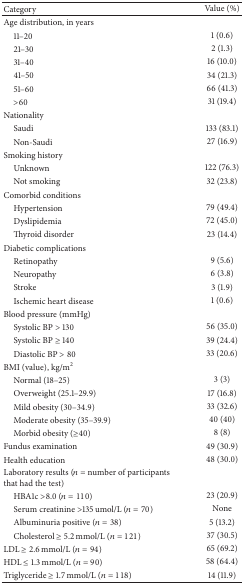
<table><thead><tr><td><b>Category</b></td><td><b>Value (%)</b></td></tr></thead><tbody><tr><td>Age distribution, in years</td><td> </td></tr><tr><td> 11–20</td><td>1 (0.6)</td></tr><tr><td> 21–30</td><td>2 (1.3)</td></tr><tr><td> 31–40</td><td>16 (10.0)</td></tr><tr><td> 41–50</td><td>34 (21.3)</td></tr><tr><td> 51–60</td><td>66 (41.3)</td></tr><tr><td> &gt;60</td><td>31 (19.4)</td></tr><tr><td>Nationality</td><td> </td></tr><tr><td> Saudi</td><td>133 (83.1)</td></tr><tr><td> Non-Saudi</td><td>27 (16.9)</td></tr><tr><td>Smoking history</td><td> </td></tr><tr><td> Unknown</td><td>122 (76.3)</td></tr><tr><td> Not smoking</td><td>32 (23.8)</td></tr><tr><td>Comorbid conditions</td><td> </td></tr><tr><td> Hypertension</td><td>79 (49.4)</td></tr><tr><td> Dyslipidemia</td><td>72 (45.0)</td></tr><tr><td> Thyroid disorder</td><td>23 (14.4)</td></tr><tr><td>Diabetic complications</td><td> </td></tr><tr><td> Retinopathy</td><td>9 (5.6)</td></tr><tr><td> Neuropathy</td><td>6 (3.8)</td></tr><tr><td> Stroke</td><td>3 (1.9)</td></tr><tr><td> Ischemic heart disease</td><td>1 (0.6)</td></tr><tr><td>Blood pressure (mmHg)</td><td> </td></tr><tr><td> Systolic BP &gt; 130</td><td>56 (35.0)</td></tr><tr><td> Systolic BP ≥ 140</td><td>39 (24.4)</td></tr><tr><td> Diastolic BP &gt; 80</td><td>33 (20.6)</td></tr><tr><td>BMI (value), kg/m<sup>2</sup></td><td> </td></tr><tr><td> Normal (18–25)</td><td>3 (3)</td></tr><tr><td> Overweight (25.1–29.9)</td><td>17 (16.8)</td></tr><tr><td> Mild obesity (30–34.9)</td><td>33 (32.6)</td></tr><tr><td> Moderate obesity (35–39.9)</td><td>40 (40)</td></tr><tr><td> Morbid obesity (≥40)</td><td>8 (8)</td></tr><tr><td>Fundus examination </td><td>49 (30.9)</td></tr><tr><td>Health education</td><td>48 (30.0)</td></tr><tr><td>Laboratory results (<i>n</i> = number of participants that had the test)</td><td> </td></tr><tr><td> HBA1c &gt;8.0 (<i>n</i> = 110)</td><td>23 (20.9)</td></tr><tr><td> Serum creatinine &gt;135 umol/L (<i>n</i> = 70)</td><td>None</td></tr><tr><td> Albuminuria positive (<i>n</i> = 38)</td><td>5 (13.2)</td></tr><tr><td> Cholesterol ≥ 5.2 mmol/L (<i>n</i> = 121)</td><td>37 (30.5)</td></tr><tr><td>LDL ≥ 2.6 mmol/L (<i>n</i> = 94)</td><td>65 (69.2)</td></tr><tr><td>HDL ≤ 1.3 mmol/L (<i>n</i> = 90)</td><td>58 (64.4)</td></tr><tr><td>Triglyceride ≥ 1.7 mmol/L (<i>n</i> = 118)</td><td>14 (11.9)</td></tr></tbody></table>